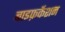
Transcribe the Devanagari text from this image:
बाइफ़र्केशन